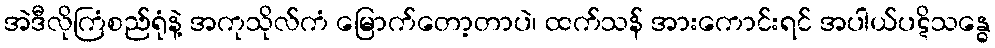
အဲဒီလိုကြံစည်ရုံနဲ့ အကုသိုလ်ကံ မြောက်တော့တာပဲ၊ ထက်သန် အားကောင်းရင် အပါယ်ပဋိသန္ဓေ